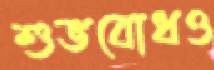
শুভবোধও